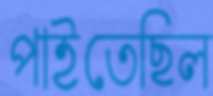
পাইতেছিল